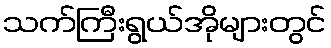
သက်ကြီးရွယ်အိုများတွင်